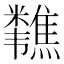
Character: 𫃗